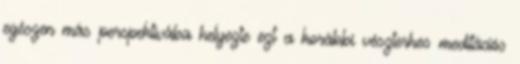
egészen más perspektívába helyezte ezt a korábbi vészterhes meditációs